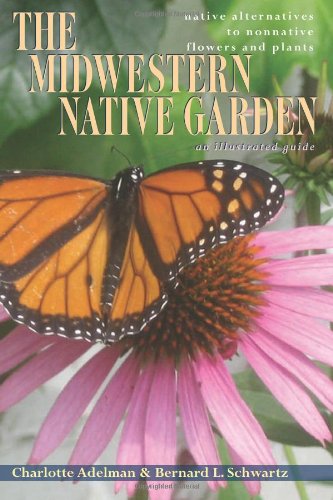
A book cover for The Midwestern Native Garden: Native Alternatives to Nonnative Flowers and Plants, an Illustrated Guide; Charlotte Adelman; Crafts, Hobbies & Home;